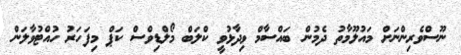
ނޫސްވެރިންނަށް މައުލޫމާތު ދެމުން ބައްސާމް ވިދާޅުވީ ކްލަބް މޯލްޑިވްސް ކަޕް މިފަހަރު ހުއްޓުވާލަން